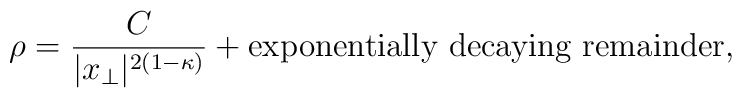
\rho=\frac{C}{|x_\perp|^{2(1-\kappa)}}+\hbox{exponentially decaying remainder},